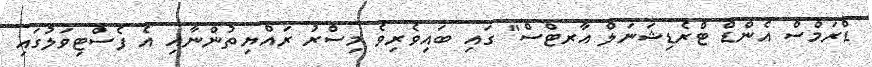
ޑްރަމްސް އެންޑް ޓްރެޑިޝަނަލް އާރޓްސް" ގައި ބައިވެރިވެ މިސްރު ރައްޔިތުންނާއި އެ ފެސްޓިވަލުގައި